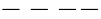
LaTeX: ----